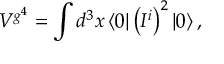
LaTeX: { \cal M } ^ { o d d } = \frac 1 8 b _ { i j } \left\{ \epsilon ^ { i j } < p \cdot \psi p \cdot \bar { \psi } > ^ { o d d } + 2 i p _ { k } \epsilon ^ { k j } \left( k ^ { i } + i < \psi ^ { i } p \cdot \bar { \psi } > _ { o } ^ { o d d } - < \psi ^ { i } p \cdot \psi > _ { o } ^ { o d d } \right) \right\} \; ,